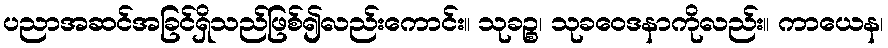
ပညာအဆင်အခြင်ရှိသည်ဖြစ်၍လည်းကောင်း။ သုခဉ္စ၊ သုခဝေဒနာကိုလည်း။ ကာယေန၊